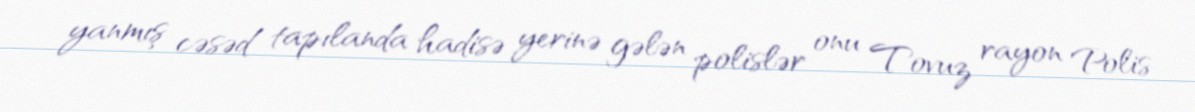
yanmış cəsəd tapılanda hadisə yerinə gələn polislər onu Tovuz rayon Polis